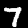
Label: 7